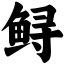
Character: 鲟